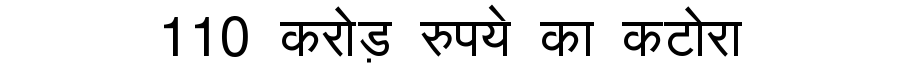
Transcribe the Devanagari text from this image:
110 करोड़ रुपये का कटोरा